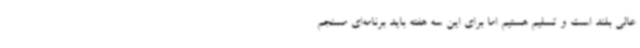
عالی بلند است و تسلیم هستیم اما برای این سه هفته باید برنامه‌ای مسنجم